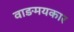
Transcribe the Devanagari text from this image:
वाङमयकार